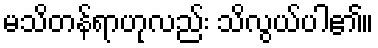
မသိတန်ရာဟုလည်း သိလွယ်ပါ၏။